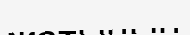
жатынын